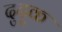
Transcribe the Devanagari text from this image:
दुदुक